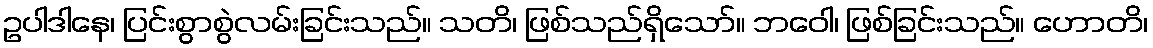
ဥပါဒါနေ၊ ပြင်းစွာစွဲလမ်းခြင်းသည်။ သတိ၊ ဖြစ်သည်ရှိသော်။ ဘဝေါ၊ ဖြစ်ခြင်းသည်။ ဟောတိ၊